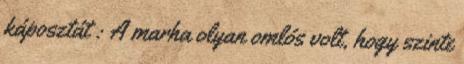
káposztát : A marha olyan omlós volt, hogy szinte